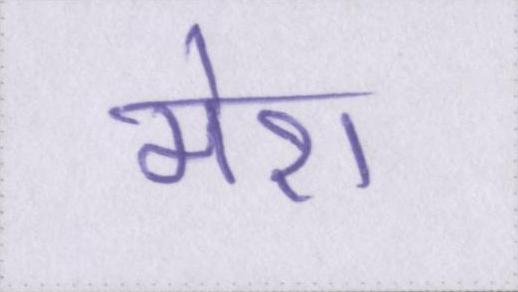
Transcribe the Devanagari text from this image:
मेरा